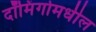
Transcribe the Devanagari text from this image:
दॉमिंगोमधील